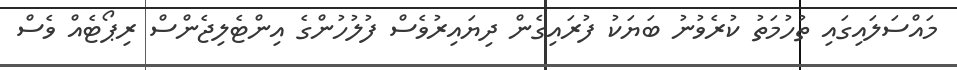
މައްސަލައިގައި ތުހުމަތު ކުރެވުނު ބަޔަކު ފުރައިގެން ދިޔައިރުވެސް ފުލުހުންގެ އިންޓެލިޖެންސް ރިޕޯޓެއް ވެސް